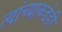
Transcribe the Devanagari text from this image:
त्यांच्याकडेही